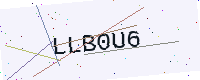
Text: LLB0U6